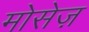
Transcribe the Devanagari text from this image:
मोसेज़